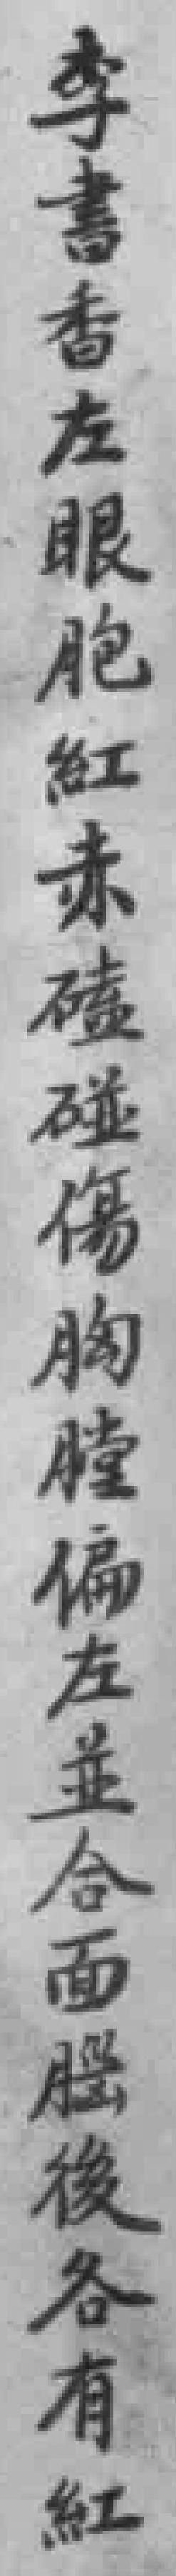
李書香左眼胞紅赤磕碰傷胸膛偏左並合面腦後各有紅